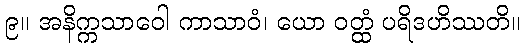
၉။ အနိက္ကသာဝေါ ကာသာဝံ၊ ယော ဝတ္ထံ ပရိဒဟိဿတိ။